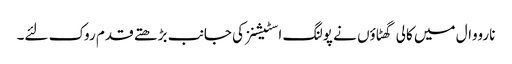
نارووال میں کالی گھٹاؤں نے پولنگ اسٹیشنز کی جانب بڑھتے قدم روک لئے۔